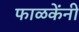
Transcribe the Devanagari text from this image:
फाळकेंनी